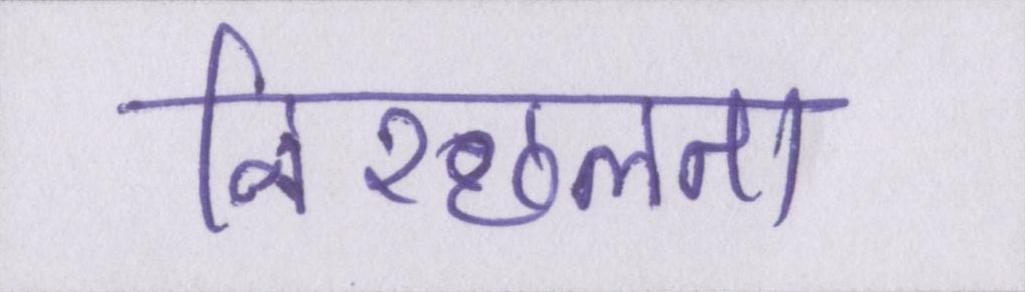
निश्छलता